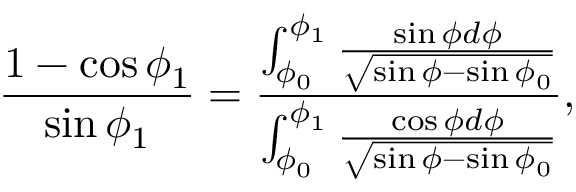
\frac { 1 - \cos \phi _ { 1 } } { \sin \phi _ { 1 } } = \frac { \int _ { \phi _ { 0 } } ^ { \phi _ { 1 } } \frac { \sin \phi d \phi } { \sqrt { \sin \phi - \sin \phi _ { 0 } } } } { \int _ { \phi _ { 0 } } ^ { \phi _ { 1 } } \frac { \cos \phi d \phi } { \sqrt { \sin \phi - \sin \phi _ { 0 } } } } ,